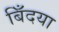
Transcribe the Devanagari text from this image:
बिँदया